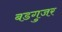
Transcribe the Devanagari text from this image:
बडगुजर